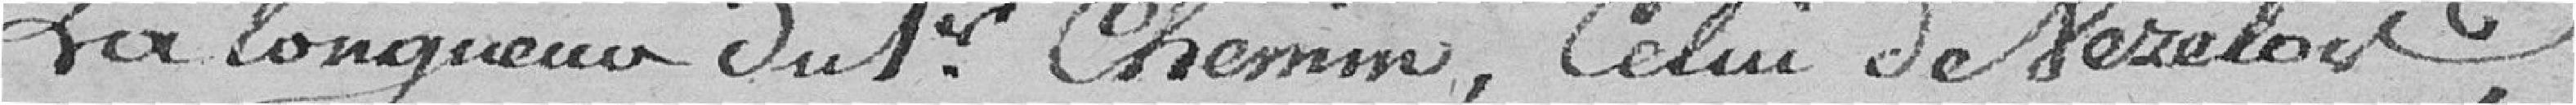
La longueur du 1er chemin, celui de Vercloir